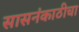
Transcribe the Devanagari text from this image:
सासनंकाठीचा